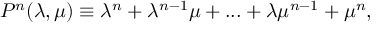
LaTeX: P ^ { n } ( \lambda , \mu ) \equiv \lambda ^ { n } + \lambda ^ { n - 1 } \mu + . . . + \lambda \mu ^ { n - 1 } + \mu ^ { n } ,